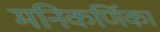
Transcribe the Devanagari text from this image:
मनिकर्णिका